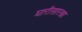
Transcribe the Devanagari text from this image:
घारीसारखा